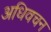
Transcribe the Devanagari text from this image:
अधिवचन